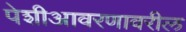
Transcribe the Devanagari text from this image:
पेशीआवरणावरील